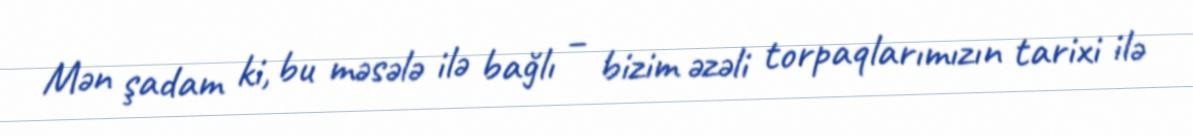
Mən şadam ki, bu məsələ ilə bağlı – bizim əzəli torpaqlarımızın tarixi ilə